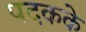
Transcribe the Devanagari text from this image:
पदकके